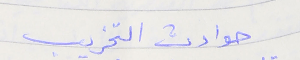
حوادث التخريب